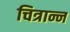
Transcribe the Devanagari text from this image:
चित्रान्न